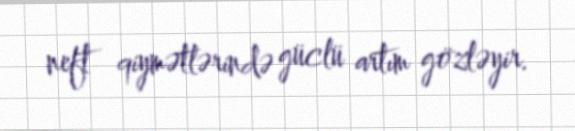
neft qiymətlərində güclü artım gözləyir.